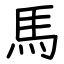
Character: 馬